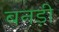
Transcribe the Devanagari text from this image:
बनड़ी